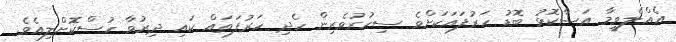
އެއްލެވީމާ އަސާކޮޅު ބޮޑު ހަރުފައަކަށްވެ ސިހުރުވެރިން ހެދި ހަރުފަތައް ކައި ދިރުވާ ހުސްކޮށްލިއެވެ.